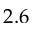
2 . 6